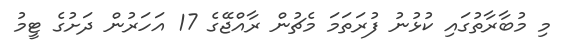
މި މުބާރާތުގައި ކުޅުނު ފުރަތަމަ މެޗުން ރާއްޖޭގެ 17 އަހަރުން ދަށުގެ ޓީމު